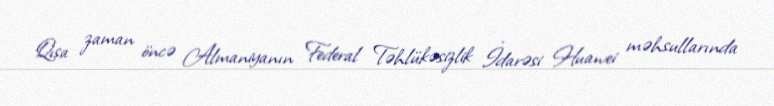
Qısa zaman öncə Almaniyanın Federal Təhlükəsizlik İdarəsi Huawei məhsullarında